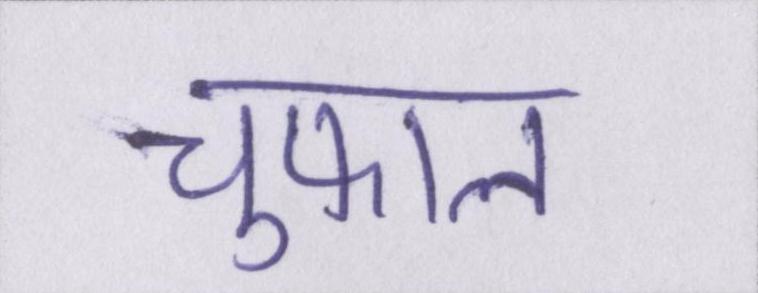
चुफाल